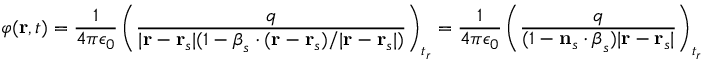
\varphi ( \mathbf { r } , t ) = { \frac { 1 } { 4 \pi \epsilon _ { 0 } } } \left( { \frac { q } { | \mathbf { r } - \mathbf { r } _ { s } | ( 1 - { \boldsymbol { \beta } } _ { s } \cdot ( \mathbf { r } - \mathbf { r } _ { s } ) / | \mathbf { r } - \mathbf { r } _ { s } | ) } } \right) _ { t _ { r } } = { \frac { 1 } { 4 \pi \epsilon _ { 0 } } } \left( { \frac { q } { ( 1 - \mathbf { n } _ { s } \cdot { \boldsymbol { \beta } } _ { s } ) | \mathbf { r } - \mathbf { r } _ { s } | } } \right) _ { t _ { r } }